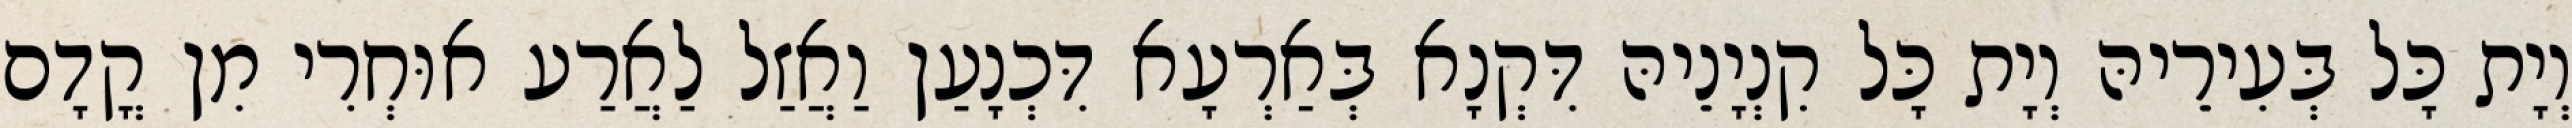
וְיָת כָּל בְּעִירֵיהּ וְיָת כָּל קִנְיָנֵיהּ דִּקְנָא בְּאַרְעָא דִּכְנָעַן וַאֲזַל לַאֲרַע אוּחְרִי מִן קֳדָם